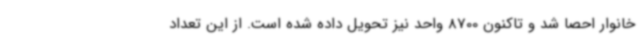
خانوار احصا شد و تاکنون 8700 واحد نیز تحویل داده شده است. از این تعداد